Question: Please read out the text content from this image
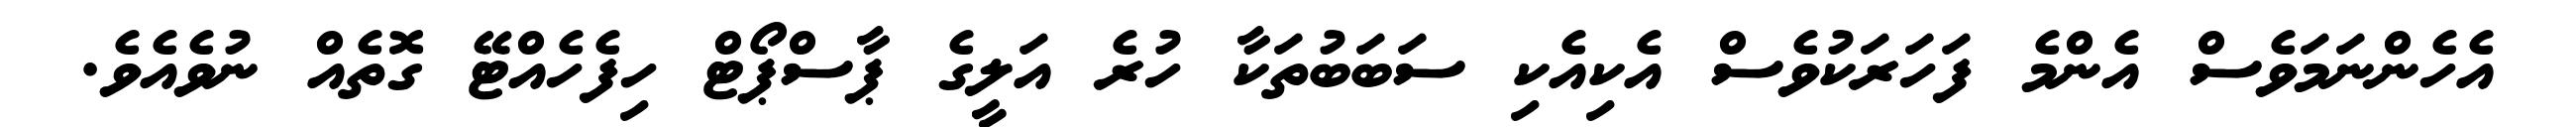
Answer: އެހެންނަމަވެސް އެންމެ ފަހަރަކުވެސް އެކިއެކި ސަބަބުތަކާ ހުރެ އަލީގެ ޕާސްޕޯޓް ހިފެހެއްޓޭ ގޮތެއް ނުވެއެވެ.